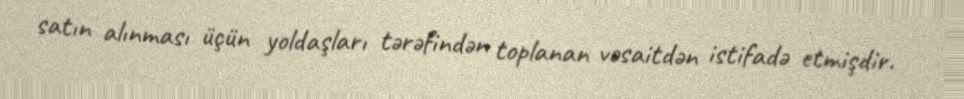
satın alınması üçün yoldaşları tərəfindən toplanan vəsaitdən istifadə etmişdir.